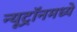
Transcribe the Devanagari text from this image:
न्यूट्रॉनमध्ये